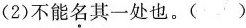
(2)不能名其一处也。()